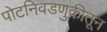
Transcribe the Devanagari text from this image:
पोटनिवडणुकीतून